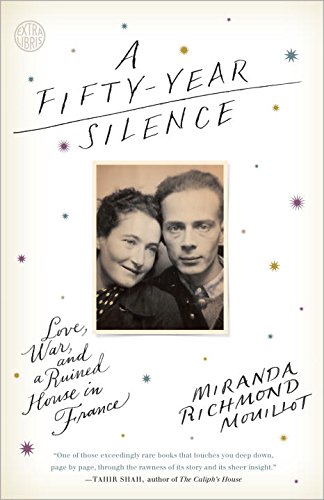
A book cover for A Fifty-Year Silence: Love, War, and a Ruined House in France; Miranda Richmond Mouillot; Biographies & Memoirs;